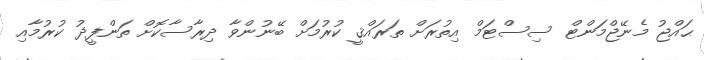
ޙައްޖު މެނޭޖްމަންޓް ސިސްޓަމް އިތުރަށް ތަރައްޤީ ކުރުމަށް ބޭނުންވާ ދިރާސާކޮށް ތަންފީޛު ކުރުމާއި